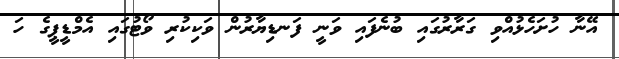
އޭނާ ހުށަހެޅުއްވި ގަރާރުގައި ބުނެފައި ވަނީ ފަނޑިޔާރުން ވަކިކުރި ވޯޓުގައި އެމްޑީޕީގެ ހަ